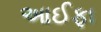
આઈફા